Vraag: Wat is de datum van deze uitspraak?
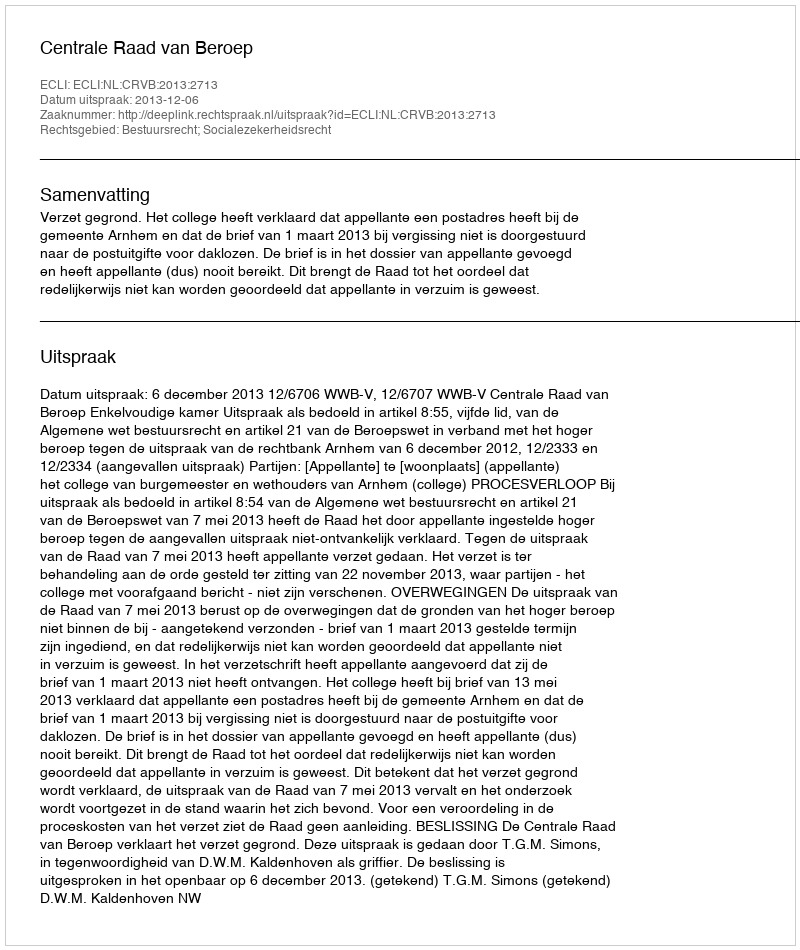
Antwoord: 2013-12-06